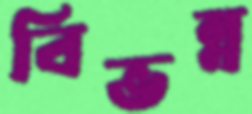
বিভন্ন